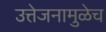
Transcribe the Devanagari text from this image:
उत्तेजनामुळेच